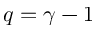
q = \gamma - 1